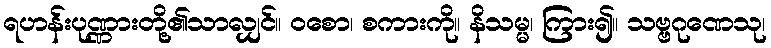
ရဟန်းပုဏ္ဏားတို့၏သာလျှင်။ ဝစော၊ စကားကို။ နိသမ္မ၊ ကြား၍။ သဗ္ဗဂုဏေသု၊